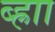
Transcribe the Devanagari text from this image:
ब्ह्राा